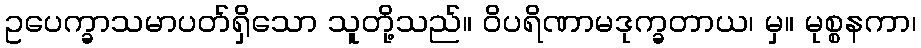
ဥပေက္ခာသမာပတ်ရှိသော သူတို့သည်။ ဝိပရိဏာမဒုက္ခတာယ၊ မှ။ မုစ္စနကာ၊